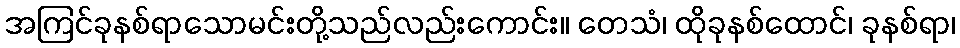
အကြင်ခုနစ်ရာသောမင်းတို့သည်လည်းကောင်း။ တေသံ၊ ထိုခုနစ်ထောင်၊ ခုနစ်ရာ၊